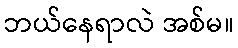
ဘယ်နေရာလဲ အစ်မ။